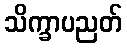
သိက္ခာပညတ်